Report on leprosy in the North-Western Provinces
Disease focus: Leprosy
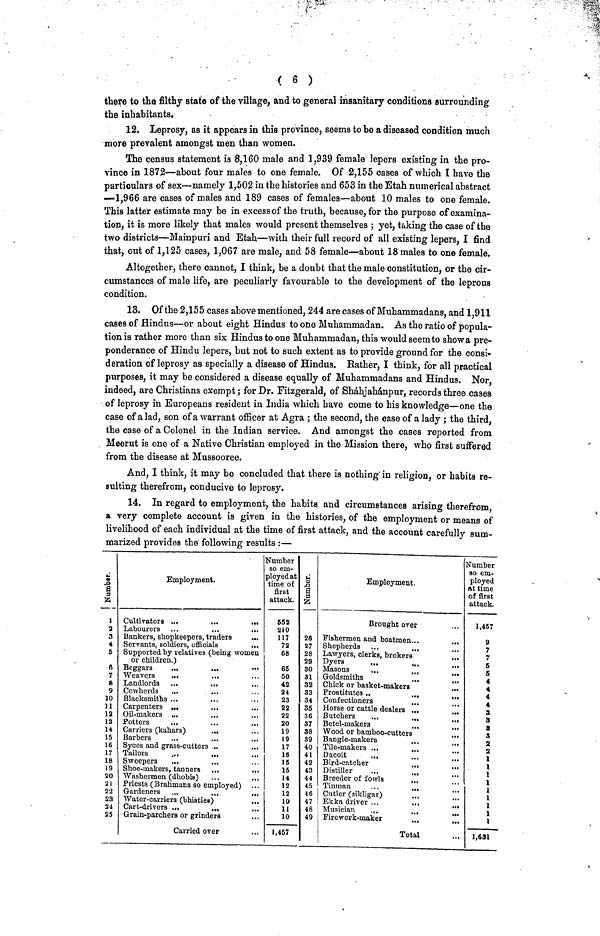
( 6 )
there to the filthy state of the village, and to general insanitary conditions surrounding
the inhabitants.
12. Leprosy, as it appears in this province, seems to be a diseased condition much
more prevalent amongst men than women.
The census statement is 8,160 male and 1,939 female lepers existing in the pro-
vince in 1872—about four males to one female. Of 2,155 cases of which I have the
particulars of sex—namely 1,502 in the histories and 653 in the Etah numerical abstract
—1,966 are cases of males and 189 cases of females—about 10 males to one female.
This latter estimate may be in excess of the truth, because, for the purpose of examina-
tion, it is more likely that males would present themselves ; yet, taking the case of the
two districts—Mainpuri and Etah—with their full record of all existing lepers, I find
that, out of 1,125 cases, 1,067 are male, and 58 female—about 18 males to one female.
Altogether, there cannot, I think, be a doubt that the male constitution, or the cir-
cumstances of male life, are peculiarly favourable to the development of the leprous
condition.
13. Of the 2,155 cases above mentioned, 244 are cases of Muhammadans, and 1,911
cases of Hindus—or about eight Hindus to one Muhammadan. As the ratio of popula-
tion is rather more than six Hindus to one Muhammadan, this would seem to show a pre-
ponderance of Hindu lepers, but not to such extent as to provide ground for the consi-
deration of leprosy as specially a disease of Hindus. Bather, I think, for all practical
purposes, it may be considered a disease equally of Muhammadans and Hindus. Nor,
indeed, are Christians exempt ; for Dr. Fitzgerald, of Sháhjahánpur, records three cases
of leprosy in Europeans resident in India which have come to his knowledge—one the
case of alad, son of a warrant officer at Agra ; the second, the case of a lady ; the third,
the case of a Colonel in the Indian service. And amongst the cases reported from
Meerut is one of a Native Christian employed in the Mission there, who first suffered
from the disease at Mussooree.
And, I think, it may be concluded that there is nothing in religion, or habits re-
sulting therefrom, conducive to leprosy.
14. In regard to employment, the habits and circumstances arising therefrom,
a very complete account is given in the histories, of the employment or means of
livelihood of each individual at the time of first attack, and the account carefully sum-
marized provides the following results :—
Numbers.
1
2
3
4
5
6
7
8
9
10
11
12
13
14
15
16
17
18
19
20
21
22
23
24
25
Employment.
Cultivators
•••
Labourers
..
..
•••
Bankers, shop
)keepers, tra
ders
...
Servants, sold
iers, officials
Supported by
relatives (b
sing women
or children
)
Beggars
...
,,
•..i
Weavers
••
..
Landlords
...
...
...
Cowherds
••
>•
Blacksmiths
... ...
...
Carpenters
...
...
Oil-makers
».
..
...
Potters
••
...
...
Carriers (kah
ars)
•
...
Barbers
..
..
Syces and gn
ass-cutters .
...
Tailors
,..
...
Sweepers
•••
••
Shoe-makers,
tanners
.
•••
Washermen (
dhobis)
«
...
Priests (Brah
mans so employed)
Gardeners
...
..
•
••.
Water-carrie
rs (bhisties)
...
Cart-drivers
•
...
Grain-parche
rs or grinder
s
Carried ove
r
Number
so em-
ployed at
time of
first
attack.
552
210
117
72
68
65
50
42
24
23
22
22
20
19
19
17
16
15
15
14
12
12
10
11
10
1,457
Numbers.
26
27
28
29
30
31
32
33
34
35
36
37
38
39
40
41
42
43
44
45
46
47
48
49
Employment.
Brought over
Fishermen and boatmen...
Shepherds ...
.,,
Lawyers, clerks, brokers
Dyers
... ...
Masons
...
...
Goldsmiths
...
Chick or basket-makers
...
Prostitutes ..
...
Confectioners
...
...
Horse or cattle dealers ...
...
Butchers
...
...
Betel-makers
Wood or bamboo-cutters
Bangle-makers
Tile-makers ...
Dacoit
...
...
Bird-catcher
...
Distiller
...
...
Breeder of fowls
...
Tinman
...
...
Cutler (sikligar)
Ekka driver ...
...
...
Musician
Firework-maker
Total
•
Number
so employed
At time
of first
attack.
1,457
g
7
7
5
5
A
4
3
3
3
s 2
2
1
1
\
1
1
1
1
1
1
1
1,631